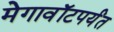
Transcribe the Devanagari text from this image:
मेगावॉटपर्यंत